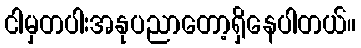
ငါမှတပါးအနုပညာတော့ရှိနေပါတယ်။